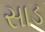
સાડ